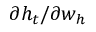
\partial h _ { t } / \partial w _ { h }